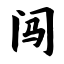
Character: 闯